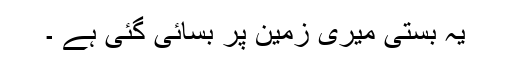
یہ بستی میری زمین پر بسائی گئی ہے ۔